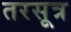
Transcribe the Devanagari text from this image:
तरसूत्र